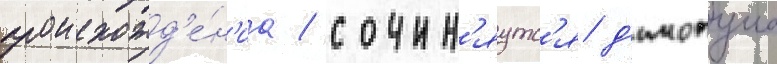
происхожд'е́н'иа / сочин'яутс'я д'имопуло